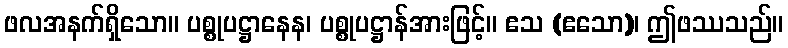
ဖလအနက်ရှိသော။ ပစ္စုပဋ္ဌာနေန၊ ပစ္စုပဋ္ဌာန်အားဖြင့်။ ဧသ (ဧသော)၊ ဤဖဿသည်။